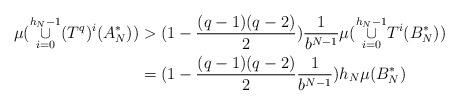
LaTeX: \begin{align*} \mu (\overset{h_{N}-1}{\underset{i=0}{\cup}}(T^{q})^{i}(A^{*}_{N}))& >(1-\frac{(q-1)(q-2)}{2})\frac{1}{b^{N-1}}\mu(\overset{h_{N}-1}{\underset{i=0}{\cup}}T^{i}(B^{*}_{N}))\\ & =(1-\frac{(q-1)(q-2)}{2}\frac{1}{b^{N-1}})h_{N}\mu (B^{*}_{N})\end{align*}